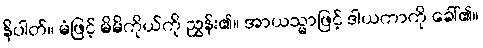
နိပါတ်။ မံဖြင့် မိမိကိုယ်ကို ညွှန်း၏။ အာယသ္မာဖြင့် ဒါယကာကို ခေါ်၏။